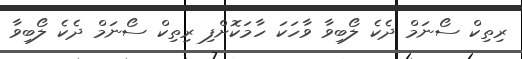
ރިތިކް ސޯނަމް ދެކެ ލޯބިވާ ވާހަކަ ހާމަކޮށްފި ރިތިކް ސޯނަމް ދެކެ ލޯބިވާ